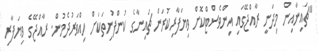
"ޗައިނާއިން މިދަނީ ރާއްޖޭގައި އިންވެސްޓްކޮށް ވިޔަފާރިކުރަން ޗައިނާގެ ކުންފުނިތަކަށް ހިއްވަރުދެމުން. ރާއްޖޭގެ ވިޔަފާރި